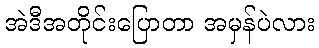
အဲဒီအတိုင်းပြောတာ အမှန်ပဲလား